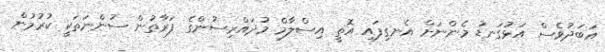
އަބަދުވެސް އަޅުގަނޑު މެންނަށް އެނގިފައި އޮތީ އިސްލާމް މުދައްރިސުންގެ ފަރާތުން ސުންނަތަކީ ކުރުމުން